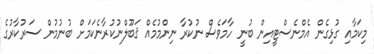
މިކަމާއި ގުޅިގެން އެމްނެސްޓީއިން ބުނީ ހާމަވެސް ނުކުރާ ނިންމުމެއް ޤަބޫލްނުކުރާނެކަމަށް ބުނުމުން ސަރުކާރުގެ